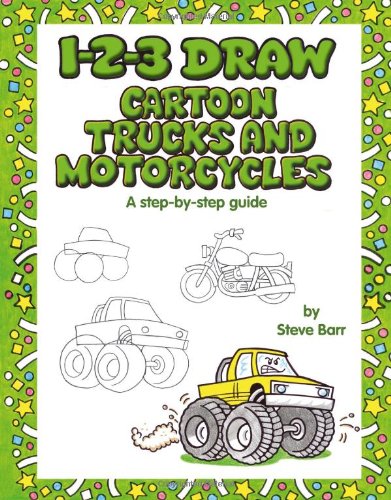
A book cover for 1-2-3 Draw Cartoon Trucks and Motorcycles; Steve Barr; Children's Books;